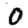
Digit: 0